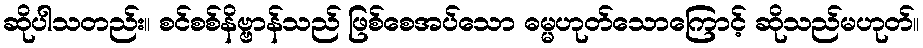
ဆိုပါသတည်း။ စင်စစ်နိဗ္ဗာန်သည် ဖြစ်စေအပ်သော ဓမ္မဟုတ်သောကြောင့် ဆိုသည်မဟုတ်။